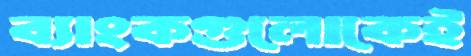
ব্যাংকগুলোকেই